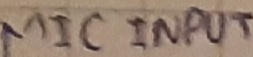
Text: MIC INPUT